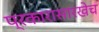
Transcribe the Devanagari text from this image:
प्रकारासारखेच